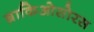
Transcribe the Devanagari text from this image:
ब्राकिओसोरस